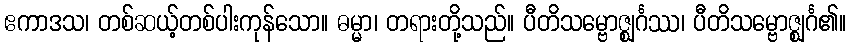
ဧကာဒသ၊ တစ်ဆယ့်တစ်ပါးကုန်သော။ ဓမ္မာ၊ တရားတို့သည်။ ပီတိသမ္ဗောဇ္ဈင်္ဂဿ၊ ပီတိသမ္ဗောဇ္ဈင်္ဂ၏။